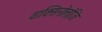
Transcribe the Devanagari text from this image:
वाक्सिनोलोजि